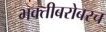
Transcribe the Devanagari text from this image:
भक्तीबरोबरच